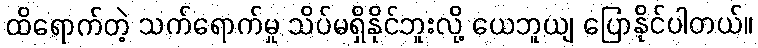
ထိရောက်တဲ့ သက်ရောက်မှု သိပ်မရှိနိုင်ဘူးလို့ ယေဘူယျ ပြောနိုင်ပါတယ်။